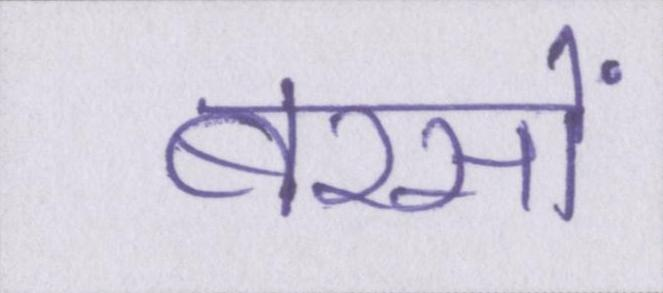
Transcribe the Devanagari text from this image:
बरसों